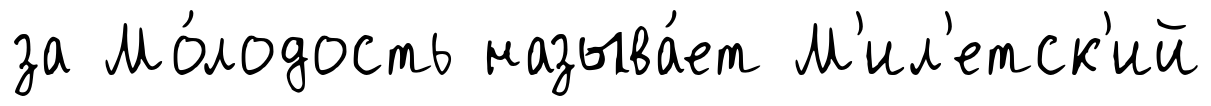
за Мо́лодость называ́ет М'ил'етск'ий